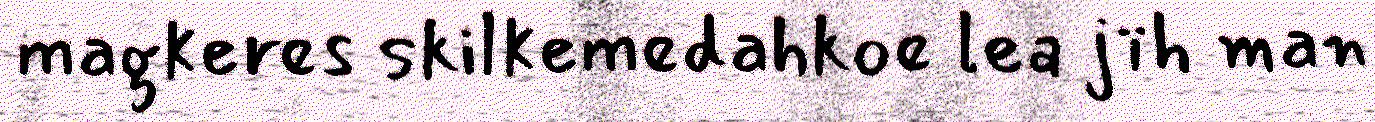
magkeres skilkemedahkoe lea jïh man